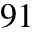
^ { 9 1 }